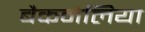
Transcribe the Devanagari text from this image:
बैकनेलिया